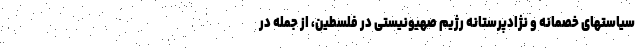
سیاستهای خصمانه و نژادپرستانه رژیم صهیونیستی در فلسطین، از جمله در